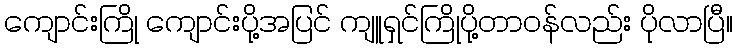
ကျောင်းကြို ကျောင်းပို့အပြင် ကျူရှင်ကြိုပို့တာဝန်လည်း ပိုလာပြီ။